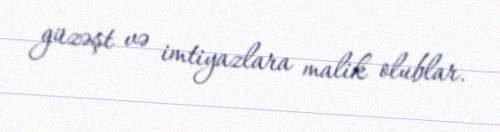
güzəşt və imtiyazlara malik olublar.